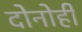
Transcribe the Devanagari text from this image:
दोनोही